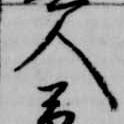
人